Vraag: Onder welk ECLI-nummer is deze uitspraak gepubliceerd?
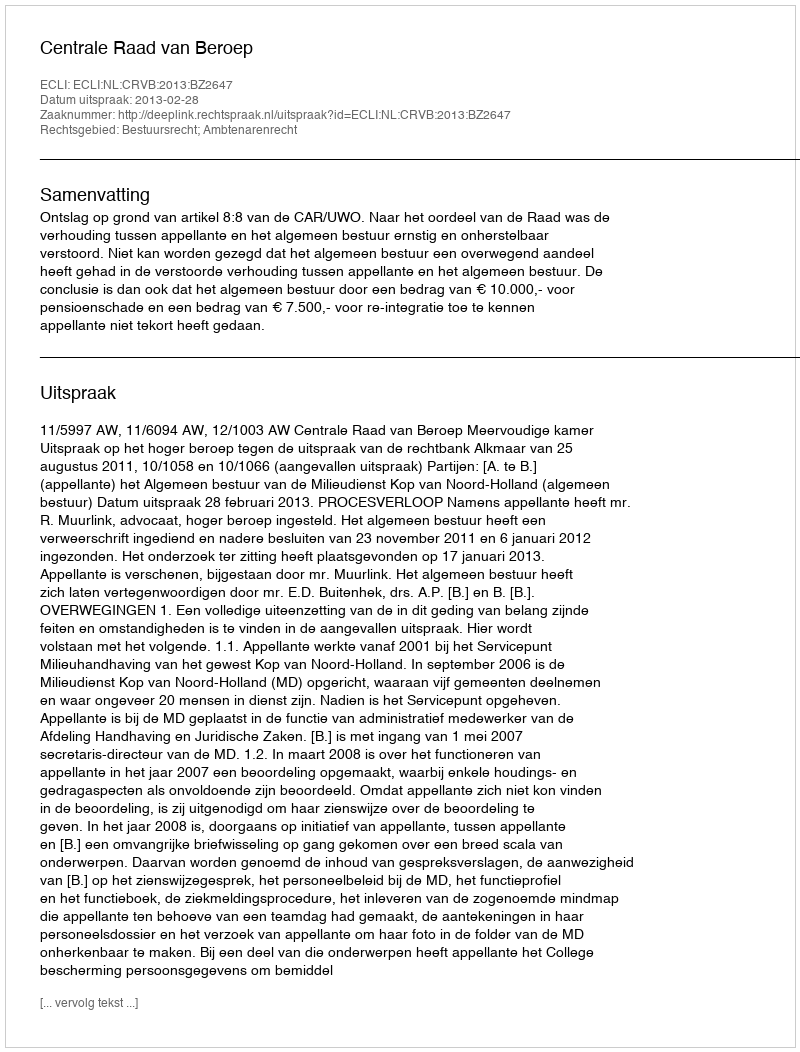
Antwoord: ECLI:NL:CRVB:2013:BZ2647